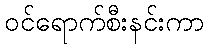
ဝင်ရောက်စီးနင်းကာ